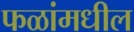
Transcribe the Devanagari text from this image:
फळांमधील